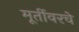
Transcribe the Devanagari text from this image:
मूर्तीवरचे